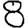
Digit: 8